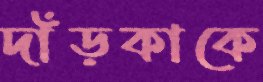
দাঁড়কাকে